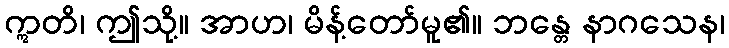
ဣတိ၊ ဤသို့။ အာဟ၊ မိန့်တော်မူ၏။ ဘန္တေ နာဂသေန၊